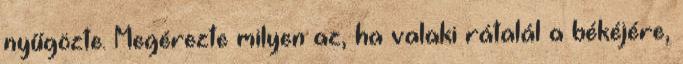
nyűgözte. Megérezte milyen az, ha valaki rátalál a békéjére,